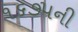
૧૬૭૫ની